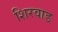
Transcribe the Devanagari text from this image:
शिरवाड